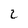
Character: 2